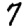
Digit: 7